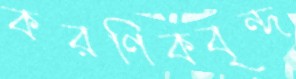
করণিকবৃন্দ